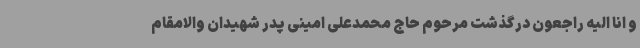
و انا الیه راجعون درگذشت مرحوم حاج محمدعلی امینی پدر شهیدان والامقام